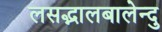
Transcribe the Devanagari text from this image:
लसद्भालबालेन्दु